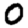
Digit: 0